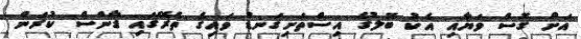
އަށް ގޮސް ވަޔާއި އެކު ބޮލުގެ އިސްތަށިގަނޑު ވައިގެ ތެރޭގައި ޑާންސް ކުރަން